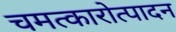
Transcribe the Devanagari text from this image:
चमत्कारोत्पादन